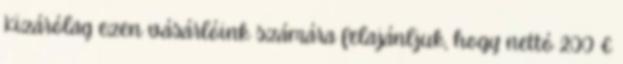
Kizárólag ezen vásárlóink számára felajánljuk, hogy nettó 200 €